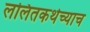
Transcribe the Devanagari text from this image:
ललितकथेच्याच